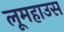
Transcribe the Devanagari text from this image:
लूमहाउस